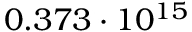
0 . 3 7 3 \cdot 1 0 ^ { 1 5 }